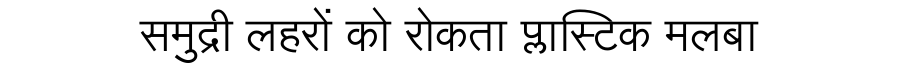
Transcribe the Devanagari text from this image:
समुद्री लहरों को रोकता प्लास्टिक मलबा